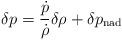
LaTeX: \begin{align*}\delta p = \frac{\dot{p}}{\dot{\rho}} \delta \rho + \delta p_{\rm nad}\end{align*}